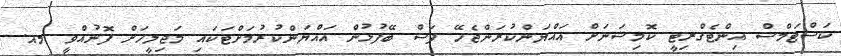
ކަސްޓަމްސް އިންޓެގްރިޓީ ކޮމިޝަނަށް އައްޔަންކުރަންޖެހޭ ފަސް ބޭފުޅުން އައްޔަންކުރުމަށްޓަކައި މަޖިލީހަށް ފޮނުއްވީ މއ.